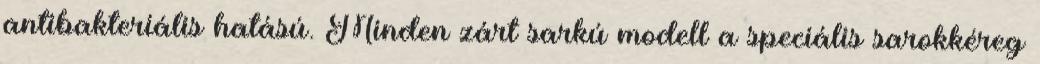
antibakteriális hatású. Minden zárt sarkú modell a speciális sarokkéreg